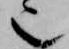
也